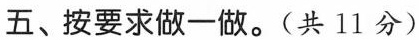
五、按要求做一做。(共11分)